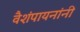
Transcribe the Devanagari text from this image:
वैशंपायनांनी